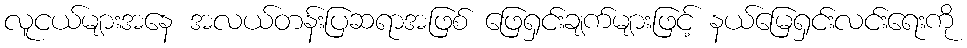
လူငယ်များအနေ အလယ်တန်းပြဆရာအဖြစ် ဖြေရှင်းချက်များဖြင့် နယ်မြေရှင်းလင်းရေးကို